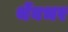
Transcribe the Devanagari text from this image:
थेंबभर